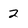
Character: 2